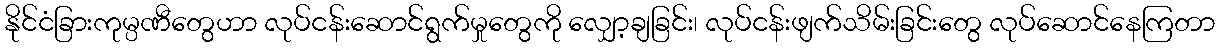
နိုင်ငံခြားကုမ္ပဏီတွေဟာ လုပ်ငန်းဆောင်ရွက်မှုတွေကို လျှော့ချခြင်း၊ လုပ်ငန်းဖျက်သိမ်းခြင်းတွေ လုပ်ဆောင်နေကြတာ